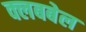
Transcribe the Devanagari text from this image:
क्लबबेल